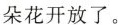
朵花开放了。